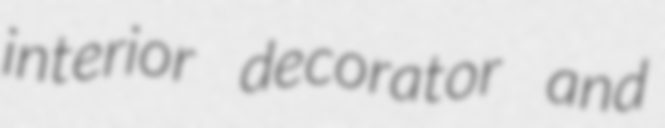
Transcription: interior decorator and